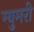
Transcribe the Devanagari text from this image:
ग्युमरी